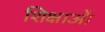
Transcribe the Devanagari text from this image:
शिक्षाआें